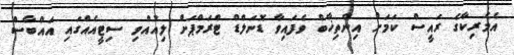
އެމެރިކާގެ ރައީސް ކަމަށް އިންތިޚާބް ވެފައިވާ ޑޮނަލްޑް ޓްރަމްޕަށް ލިއުއްވި ސިޓީއެއްގައި އައްބާސް